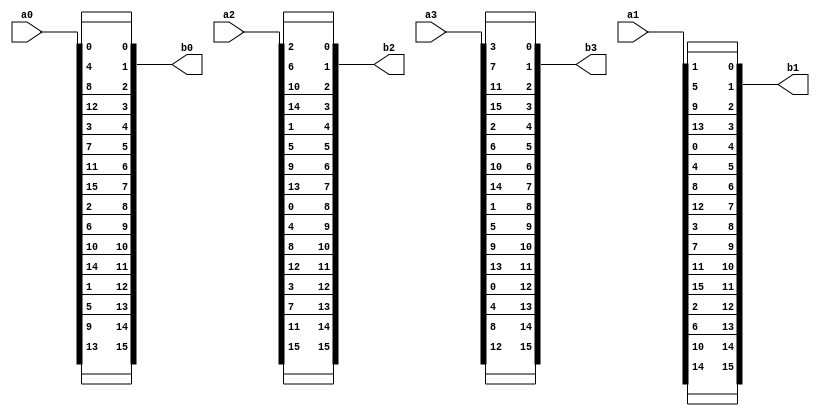

module PermBits(a0,a1,a2,a3,
                b0,b1,b2,b3);

input [15:0] a0,a1,a2,a3;
output[15:0] b0,b1,b2,b3;

assign b0[0] = a0[0];
assign b0[12] = a0[1];
assign b0[8] = a0[2];
assign b0[4] = a0[3];
assign b0[1] = a0[4];
assign b0[13] = a0[5];
assign b0[9] = a0[6];
assign b0[5] = a0[7];
assign b0[2] = a0[8];
assign b0[14] = a0[9];
assign b0[10] = a0[10];
assign b0[6] = a0[11];
assign b0[3] = a0[12];
assign b0[15] = a0[13];
assign b0[11] = a0[14];
assign b0[7] = a0[15];
assign b1[4] = a1[0];
assign b1[0] = a1[1];
assign b1[12] = a1[2];
assign b1[8] = a1[3];
assign b1[5] = a1[4];
assign b1[1] = a1[5];
assign b1[13] = a1[6];
assign b1[9] = a1[7];
assign b1[6] = a1[8];
assign b1[2] = a1[9];
assign b1[14] = a1[10];
assign b1[10] = a1[11];
assign b1[7] = a1[12];
assign b1[3] = a1[13];
assign b1[15] = a1[14];
assign b1[11] = a1[15];
assign b2[8] = a2[0];
assign b2[4] = a2[1];
assign b2[0] = a2[2];
assign b2[12] = a2[3];
assign b2[9] = a2[4];
assign b2[5] = a2[5];
assign b2[1] = a2[6];
assign b2[13] = a2[7];
assign b2[10] = a2[8];
assign b2[6] = a2[9];
assign b2[2] = a2[10];
assign b2[14] = a2[11];
assign b2[11] = a2[12];
assign b2[7] = a2[13];
assign b2[3] = a2[14];
assign b2[15] = a2[15];
assign b3[12] = a3[0];
assign b3[8] = a3[1];
assign b3[4] = a3[2];
assign b3[0] = a3[3];
assign b3[13] = a3[4];
assign b3[9] = a3[5];
assign b3[5] = a3[6];
assign b3[1] = a3[7];
assign b3[14] = a3[8];
assign b3[10] = a3[9];
assign b3[6] = a3[10];
assign b3[2] = a3[11];
assign b3[15] = a3[12];
assign b3[11] = a3[13];
assign b3[7] = a3[14];
assign b3[3] = a3[15];

endmodule